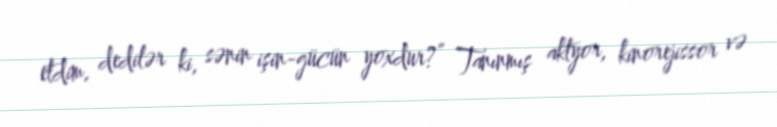
etdim, dedilər ki, sənin işin-gücün yoxdur?” Tanınmış aktyor, kinorejissor və